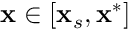
\mathbf { x } \in [ \mathbf { x } _ { s } , \mathbf { x } ^ { * } ]